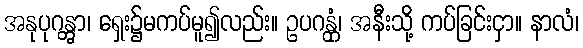
အနုပုဂန္တွာ၊ ရှေး၌မကပ်မူ၍လည်း။ ဥပဂန္တုံ၊ အနီးသို့ ကပ်ခြင်းငှာ။ နာလံ၊